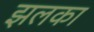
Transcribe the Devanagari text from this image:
झलका